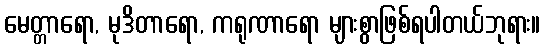
မေတ္တာရော, မုဒိတာရော, ကရုဏာရော များစွာဖြစ်ရပါတယ်ဘုရား။